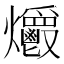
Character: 𤓡